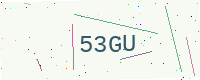
Text: 53GU